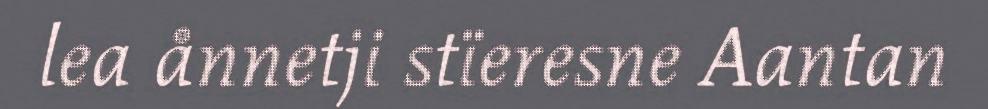
lea ånnetji stïeresne Aantan